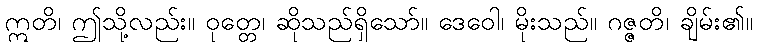
ဣတိ၊ ဤသို့လည်း။ ဝုတ္တေ၊ ဆိုသည်ရှိသော်။ ဒေဝေါ၊ မိုးသည်။ ဂဇ္ဇတိ၊ ချိမ်း၏။